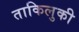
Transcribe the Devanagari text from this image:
ताकिलुकी